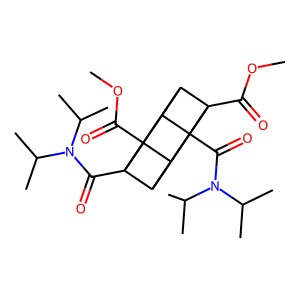
SMILES: COC(=O)C12C3C4C5(C(=O)OC)C(C1C35C(=O)N(C(C)C)C(C)C)C42C(=O)N(C(C)C)C(C)C
Inhibits HIV replication: No